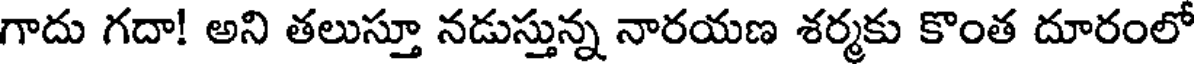
గాదు గదా! అని తలుస్తూ నడుస్తున్న నారయణ శర్మకు కొంత దూరంలో